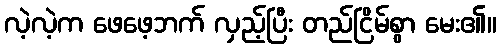
လဲ့လဲ့က ဖေဖေ့ဘက် လှည့်ပြီး တည်ငြိမ်စွာ မေး၏။